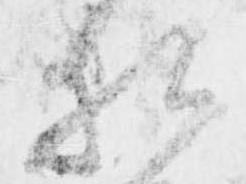
相